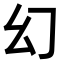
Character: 幻